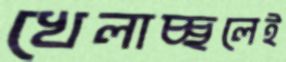
খেলাচ্ছলেই